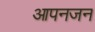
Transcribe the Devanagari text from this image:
आपनजन